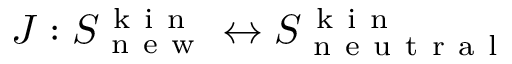
J : S _ { \mathrm { ~ n ~ e ~ w ~ } } ^ { \mathrm { ~ k ~ i ~ n ~ } } \leftrightarrow S _ { \mathrm { ~ n ~ e ~ u ~ t ~ r ~ a ~ l ~ } } ^ { \mathrm { ~ k ~ i ~ n ~ } }